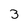
Character: 3